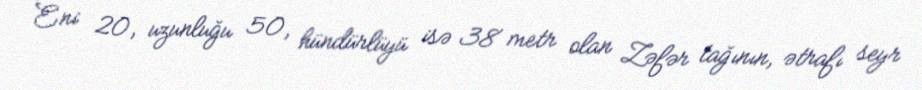
Eni 20, uzunluğu 50, hündürlüyü isə 38 metr olan Zəfər tağının, ətrafı seyr